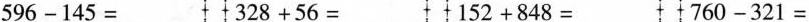
$$5 9 6 - 1 4 5 =$$ $$3 2 8 + 5 6 =$$ $$1 5 2 + 8 4 8 =$$ $$7 6 0 - 3 2 1 =$$